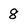
Character: 8